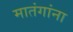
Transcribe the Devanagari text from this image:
मातंगांना